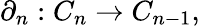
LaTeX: \partial_{n}:C_{n}\to C_{n-1},